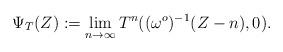
LaTeX: \begin{align*} \Psi_{T}(Z):=\lim_{n\rightarrow\infty}T^n((\omega^o)^{-1} (Z-n) , 0).\end{align*}